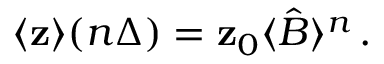
\langle { \bf z } \rangle ( n \Delta ) = { \bf z } _ { 0 } \langle \hat { B } \rangle ^ { n } \, .